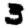
Digit: 3